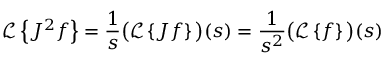
{ \mathcal { L } } \left\{ J ^ { 2 } f \right\} = { \frac { 1 } { s } } { \bigl ( } { \mathcal { L } } \left\{ J f \right\} { \bigr ) } ( s ) = { \frac { 1 } { s ^ { 2 } } } { \bigl ( } { \mathcal { L } } \left\{ f \right\} { \bigr ) } ( s )